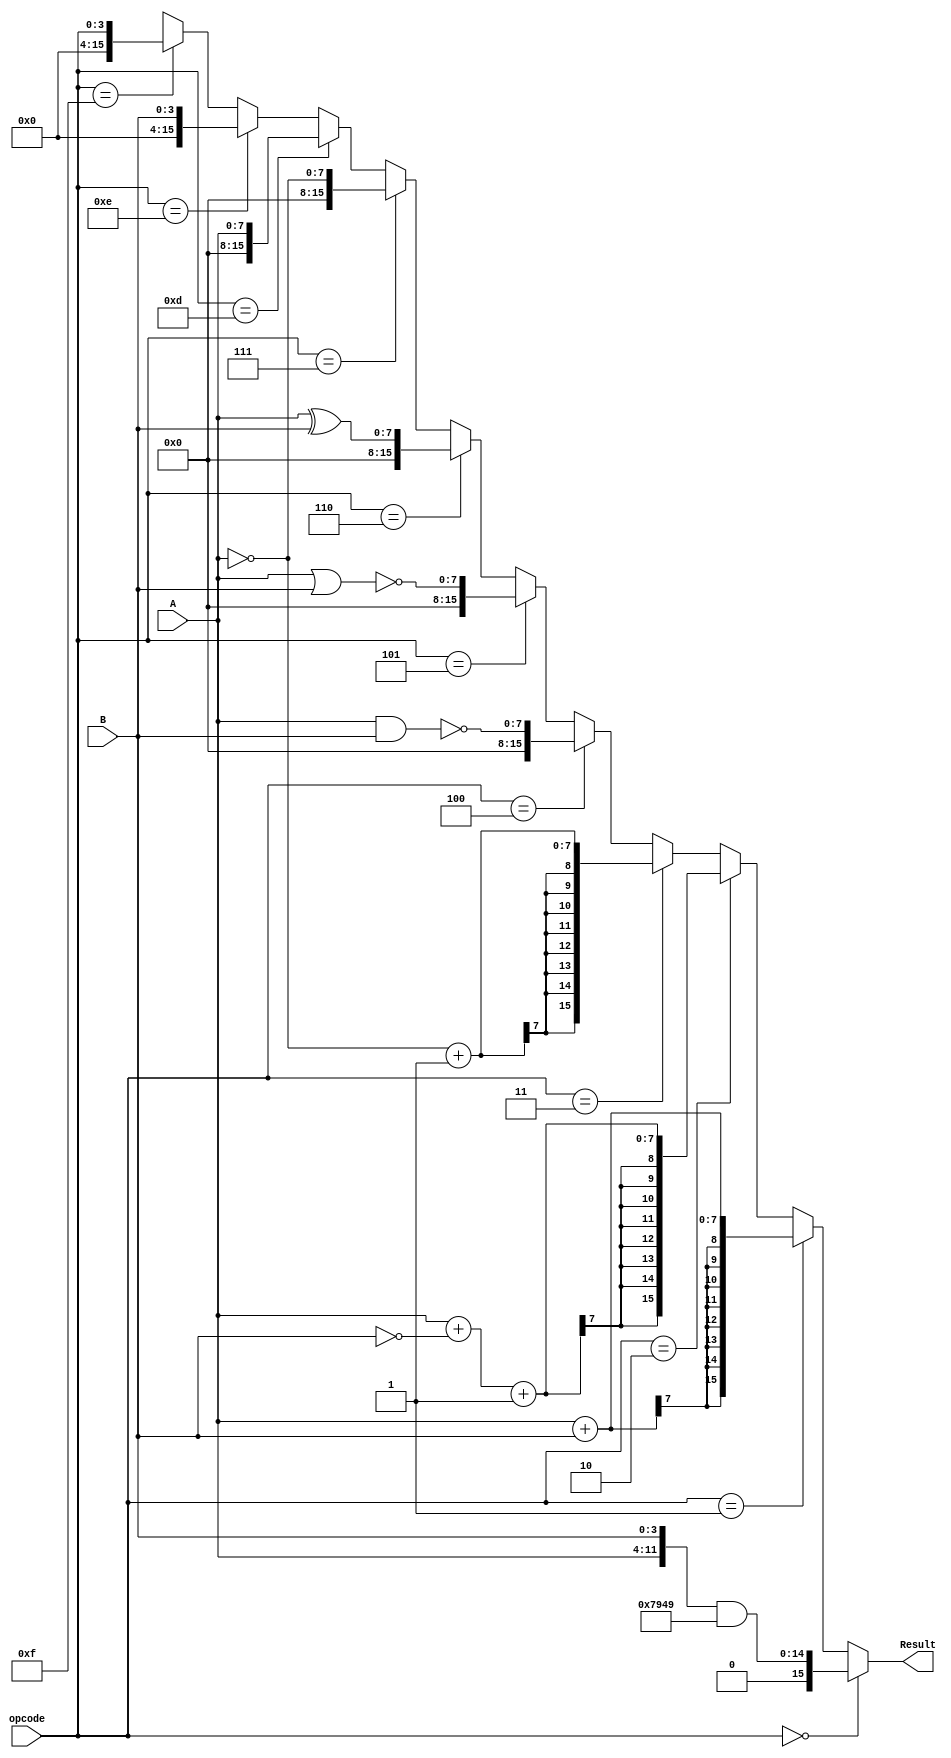


module alu_sefunmi(opcode, A, B, Result);
	input  [3:0]  opcode;
	input  [7:0]  A;
	input  [3:0]  B;
	output [15:0] Result;
	wire   [7:0]  aplusb, aminusb, negA;
	assign aplusb = (A+B);
	assign aminusb = (A + (~B) + 1)	;
	assign negA = ((~A) + 1);
	assign Result = 	(opcode == 4'h0) ? {A,B} & 16'b0111100101001001	://
							(opcode == 4'h1) ? {{8{aplusb[7]}},aplusb}		://
							(opcode == 4'h2) ? {{8{aminusb[7]}},aminusb}		://
							(opcode == 4'h3) ? {{8{negA[7]}},negA}				://		
							(opcode == 4'h4) ? {8'b00000000,~(A & B)}			://
							(opcode == 4'h5) ? {8'b00000000,~(A | B)}			://
							(opcode == 4'h6) ? {8'b00000000,A ^ B}				://
							(opcode == 4'h7) ? {8'b00000000,~A}					://
							(opcode == 4'hd) ? {8'b00000000,A}					://
							(opcode == 4'he) ? {8'b00000000,B}					://
							(opcode == 4'hf) ? {12'b000000000000,opcode}		:16'bx;
endmodule